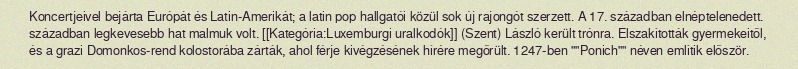
Koncertjeivel bejárta Európát és Latin-Amerikát; a latin pop hallgatói közül sok új rajongót szerzett. A 17. században elnéptelenedett. században legkevesebb hat malmuk volt. [[Kategória:Luxemburgi uralkodók]] (Szent) László került trónra. Elszakították gyermekeitől, és a grazi Domonkos-rend kolostorába zárták, ahol férje kivégzésének hírére megőrült. 1247-ben ""Ponich"" néven említik először.